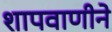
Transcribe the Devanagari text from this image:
शापवाणीने